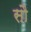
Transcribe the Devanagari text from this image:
साै